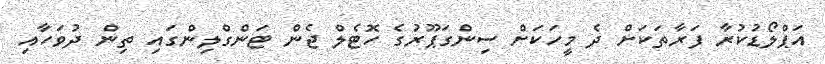
އަޕްލޯޑުކުރާ ފަރާތަކަށް ދެ މީހަކަށް ސިންގަޕޫރުގެ ހޮޓެލް ޖެން ޓަންގްލިންގައި ތިން ދުވަހާއި